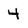
Character: 4